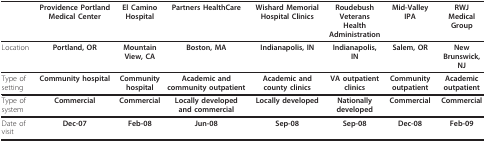
<table><thead><tr><td>[EMPTY_CELL]</td><td><b>Providence Portland Medical Center</b></td><td><b>El Camino Hospital</b></td><td><b>Partners HealthCare</b></td><td><b>Wishard Memorial Hospital Clinics</b></td><td><b>Roudebush VeteransHealth Administration</b></td><td><b>Mid-Valley IPA</b></td><td><b>RWJ Medical Group</b></td></tr></thead><tbody><tr><td>Location</td><td><b>Portland, OR</b></td><td><b>Mountain View, CA</b></td><td><b>Boston, MA</b></td><td><b>Indianapolis, IN</b></td><td><b>Indianapolis, IN</b></td><td><b>Salem, OR</b></td><td><b>New Brunswick, NJ</b></td></tr><tr><td>Type of setting</td><td><b>Community hospital</b></td><td><b>Community hospital</b></td><td><b>Academic and community outpatient</b></td><td><b>Academic and county clinics</b></td><td><b>VA outpatient clinics</b></td><td><b>Community outpatient</b></td><td><b>Academic outpatient</b></td></tr><tr><td>Type of system</td><td><b>Commercial</b></td><td><b>Commercial</b></td><td><b>Locally developed and commercial</b></td><td><b>Locally developed</b></td><td><b>Nationally developed</b></td><td><b>Commercial</b></td><td><b>Commercial</b></td></tr><tr><td>Date of visit</td><td><b>Dec-07</b></td><td><b>Feb-08</b></td><td><b>Jun-08</b></td><td><b>Sep-08</b></td><td><b>Sep-08</b></td><td><b>Dec-08</b></td><td><b>Feb-09</b></td></tr></tbody></table>